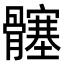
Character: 𮪵